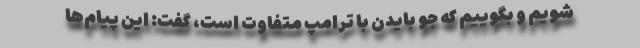
شویم و بگوییم که جو بایدن با ترامپ متفاوت است، گفت: این‌ پیام‌ها